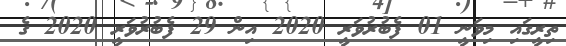
ތިރީގައި މިވަނީ 01 ފެބުރުވަރީ 2020 އިން 29 ފެބުރުވަރީ 2020 ގެ